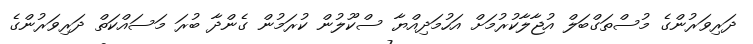
ދަރިވަރުންގެ މުސްތަގްބަލް އުޖާލާކުރުމަށް އަހުމަދިއްޔާ ސްކޫލުން ކުރަމުން ގެންދާ ބުރަ މަސައްކަތް ދަރިވަރުންގެ